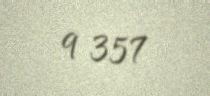
9 357